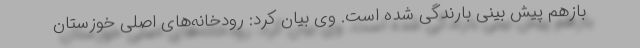
بازهم پیش بینی بارندگی شده است. وی بیان کرد: رودخانه‌های اصلی خوزستان